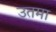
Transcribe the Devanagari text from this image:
उतमा